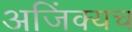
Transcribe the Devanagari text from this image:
अजिंक्यच